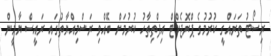
ރިސޯޓު ތަރައްގީ ކުރުމުގެ ޕްރޮޖެކްޓް އިފްތިތާހު ކުރުމަށް ބޭއްވި ރަސްމިއްޔާތުގައި ރައީސް ޔާމީން